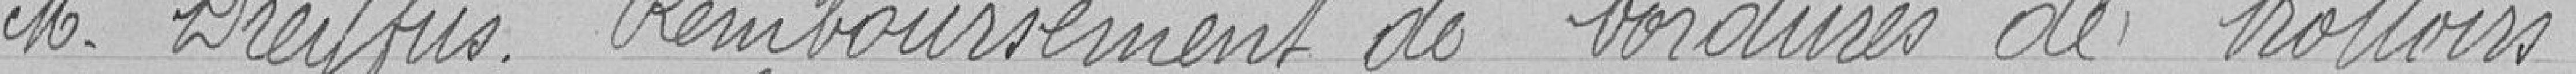
M. Dreyfus. Remboursement de bordures de trottoirs.